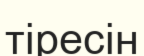
тіресін